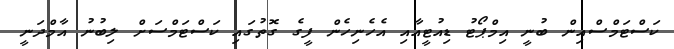
ކަސްޓަމްސްއިން ބުނީ އިމްޕޯޓު ޑިއުޓީއާއި އެހެނިހެން ފީގެ ގޮތުގައި ކަސްޓަމްސަށް ލިބުނު އާމްދަނީ